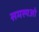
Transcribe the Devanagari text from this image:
समस्यओ